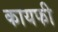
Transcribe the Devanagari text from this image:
कायफी